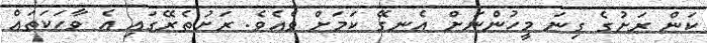
ކަން ރަށުގެ ގިނަ މީހުންނަށް އެނގޭ ކަމަށް ވެއެވެ. ރަށުތެރޭގައި އެ ވާހަކަތައް